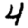
Digit: 4